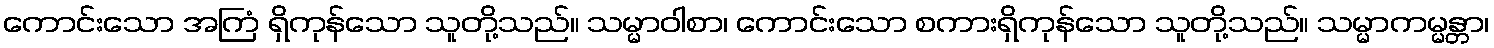
ကောင်းသော အကြံ ရှိကုန်သော သူတို့သည်။ သမ္မာဝါစာ၊ ကောင်းသော စကားရှိကုန်သော သူတို့သည်။ သမ္မာကမ္မန္တာ၊